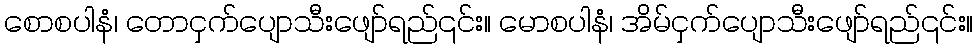
စောစပါနံ၊ တောငှက်ပျောသီးဖျော်ရည်၎င်း။ မောစပါနံ၊ အိမ်ငှက်ပျောသီးဖျော်ရည်၎င်း။